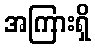
အကြားရှိ